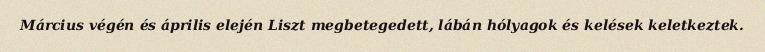
Március végén és április elején Liszt megbetegedett, lábán hólyagok és kelések keletkeztek.